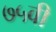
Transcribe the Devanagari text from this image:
७५वी